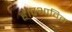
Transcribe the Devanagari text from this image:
है।प्रभावित